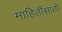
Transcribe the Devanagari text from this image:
माहितींसाठी